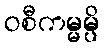
ဝစီကမ္မမ္ပိ